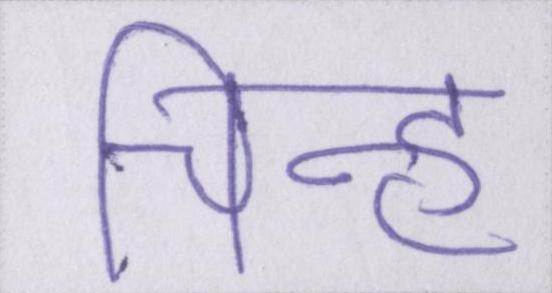
चिह्न